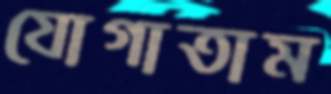
যোগাতাম